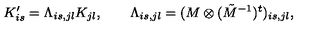
K _ { i s } ^ { \prime } = \Lambda _ { i s , j l } K _ { j l } , \qquad \Lambda _ { i s , j l } = ( M \otimes ( \tilde { M } ^ { - 1 } ) ^ { t } ) _ { i s , j l } ,